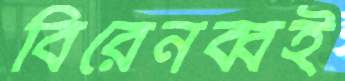
বিরেনব্বই